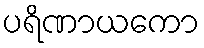
ပရိဏာယကော